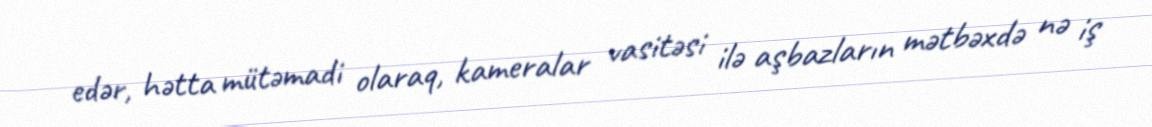
edər, hətta mütəmadi olaraq, kameralar vasitəsi ilə aşbazların mətbəxdə nə iş